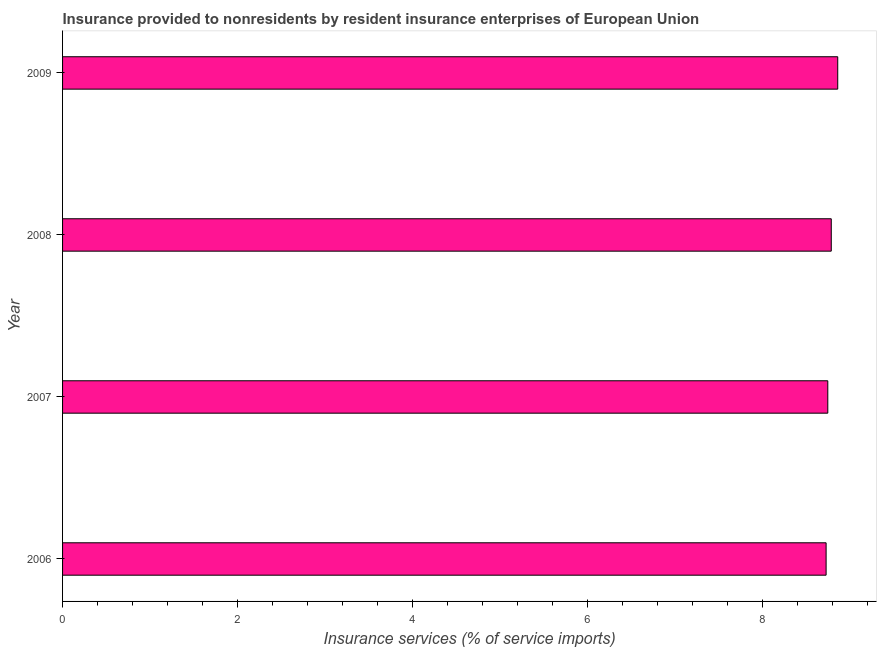
| Year | Insurance and financial services |
 | --- | --- |
 | 2006 | 8.73 |
 | 2007 | 8.75 |
 | 2008 | 8.79 |
 | 2009 | 8.86 |